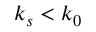
k _ { s } < k _ { 0 }